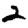
Digit: 2